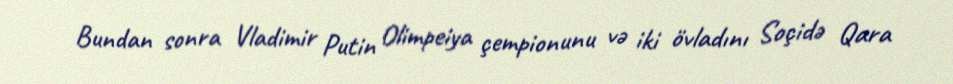
Bundan sonra Vladimir Putin Olimpeiya çempionunu və iki övladını Soçidə Qara